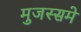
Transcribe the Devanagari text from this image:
मुजस्समे